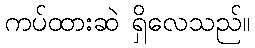
ကပ်ထားဆဲ ရှိလေသည်။